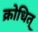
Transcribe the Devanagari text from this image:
क्रोधित्